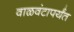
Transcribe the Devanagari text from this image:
वाळवंटापर्यंत